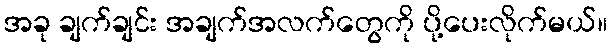
အခု ချက်ချင်း အချက်အလက်တွေကို ပို့ပေးလိုက်မယ်။